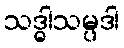
သဒ္ဓါသမ္ပဒါ